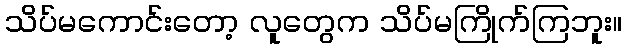
သိပ်မကောင်းတော့ လူတွေက သိပ်မကြိုက်ကြဘူး။